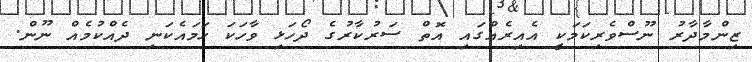
ޒިންމާދާރު ނޫސްވެރިކަމަކީ އެއިރެއްގައި އޮތް ސަރުކާރުގެ ދޯހަޅި ވާހަކަ ހަމައެކަނި ދެއްކުމެއް ނޫން.